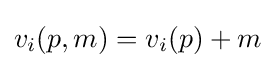
v_{i}(p,m)=v_{i}(p)+m